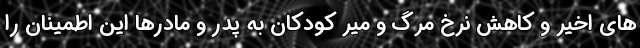
های اخیر و کاهش نرخ مرگ و میر کودکان به پدر و مادرها این اطمینان را